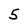
Character: 5